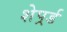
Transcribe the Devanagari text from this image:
शेपर्र्ड